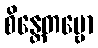
စိန္တေတဗ္ဗော